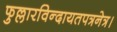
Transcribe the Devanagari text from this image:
फुल्लारविन्दायतपत्रनेत्र।